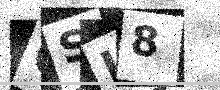
Text: QSI8